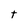
Character: t